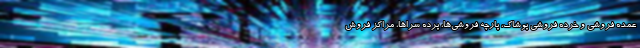
عمده فروشی و خرده فروشی پوشاک، پارچه فروشی‌ها، پرده سراها، مراکز فروش